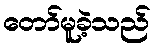
တော်မူခဲ့သည်